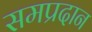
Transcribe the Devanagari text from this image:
समप्रदान